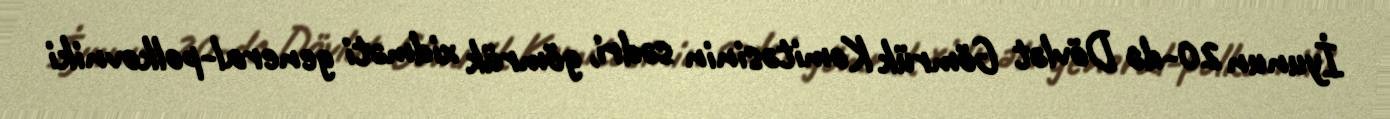
İyunun 20-də Dövlət Gömrük Komitəsinin sədri, gömrük xidməti general-polkovniki